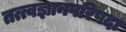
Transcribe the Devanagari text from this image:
तत्त्वज्ञानपरिषदा